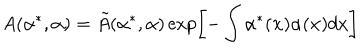
A ( \alpha ^ { * } , \alpha ) = \tilde { A } ( \alpha ^ { * } , \alpha ) \exp \left[ - \int \alpha ^ { * } ( { \bf x } ) \alpha ( { \bf x } ) d x \right]